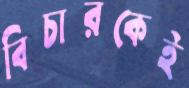
বিচারকেই